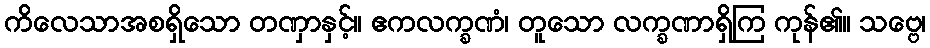
ကိလေသာအစရှိသော တဏှာနှင့်။ ဧကလက္ခဏံ၊ တူသော လက္ခဏာရှိကြ ကုန်၏။ သဗ္ဗေ၊